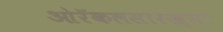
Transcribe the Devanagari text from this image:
ओरॅकलसारख्या